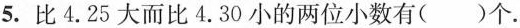
5.比4.25大而比4.30小的两位小数有()个。